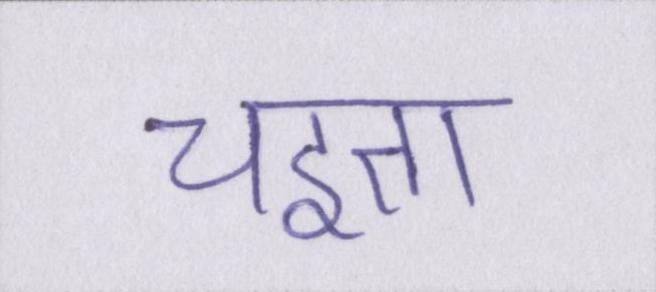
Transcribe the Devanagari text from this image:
चइता